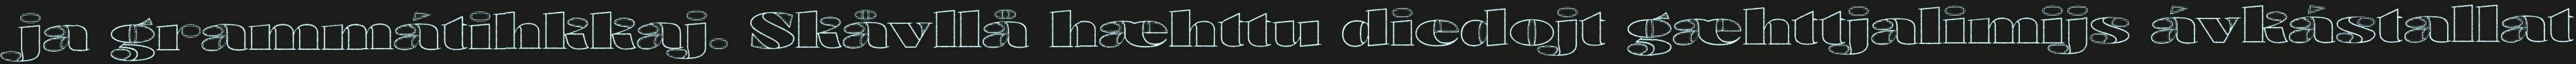
ja grammátihkkaj. Skåvllå hæhttu diedojt gæhttjalimijs ávkástallat